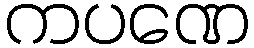
ကပဏေ